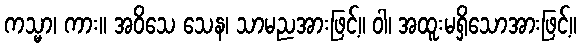
ကသ္မာ၊ ကား။ အဝိသေ သေန၊ သာမညအားဖြင့်။ ဝါ၊ အထူးမရှိသောအားဖြင့်။